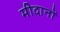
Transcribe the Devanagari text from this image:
मीदानों